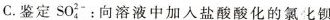
C.鉴定SO_{4}^{2-}：向溶液中加入盐酸酸化的氯化钡